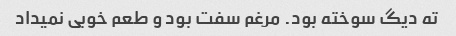
ته دیگ سوخته بود. مرغم سفت بود و طعم خوبی نمیداد